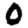
Digit: 0